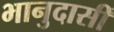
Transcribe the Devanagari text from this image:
भानुदासीं